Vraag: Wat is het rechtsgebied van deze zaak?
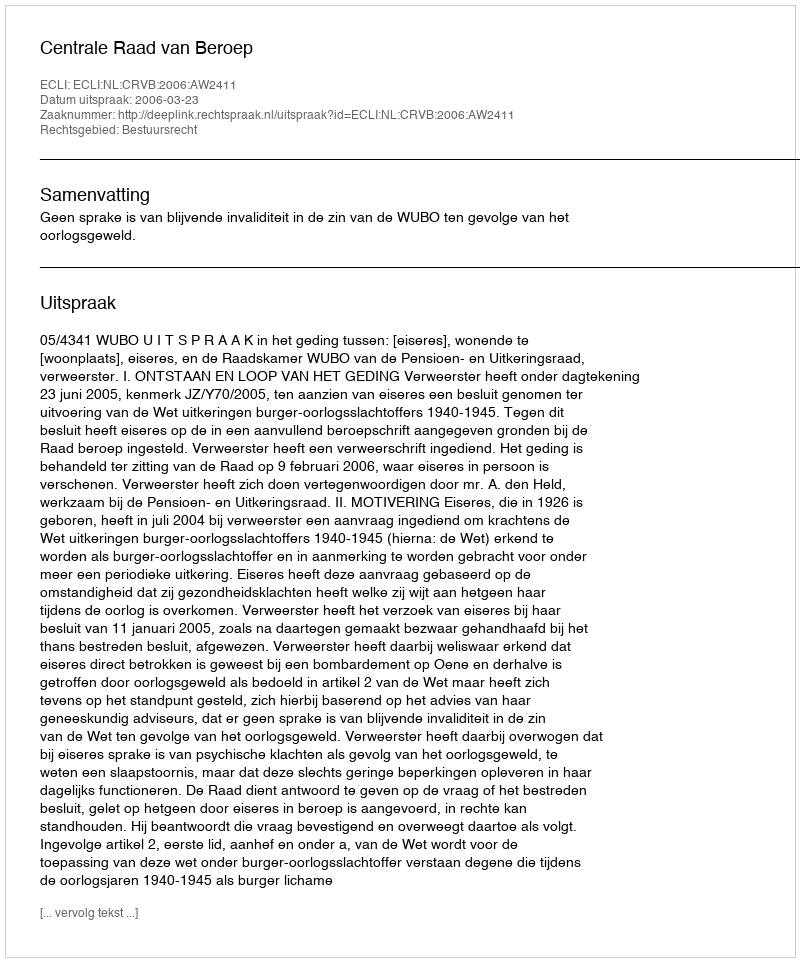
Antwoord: Bestuursrecht